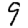
Digit: 9